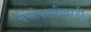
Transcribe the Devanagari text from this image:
नभोवाणीवरही